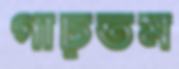
গাঢ়তম